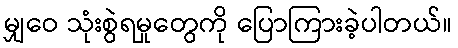
မျှဝေ သုံးစွဲရမှုတွေကို ပြောကြားခဲ့ပါတယ်။